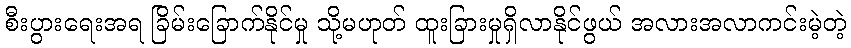
စီးပွားရေးအရ ခြိမ်းခြောက်နိုင်မှု သို့မဟုတ် ထူးခြားမှုရှိလာနိုင်ဖွယ် အလားအလာကင်းမဲ့တဲ့